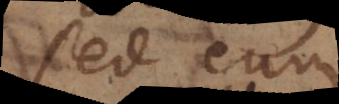
sed eum